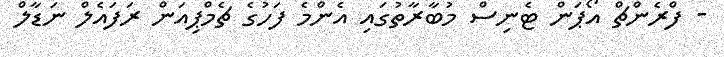
- ފްރެންޗް އޯޕަން ޓެނިސް މުބާރާތުގައި އެންމެ ފަހުގެ ޗެމްޕިއަން ރަފައެލް ނަޑާލް